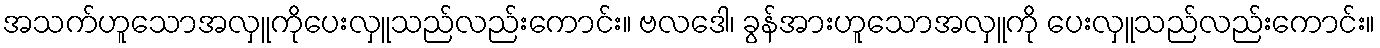
အသက်ဟူသောအလှူကိုပေးလှူသည်လည်းကောင်း။ ဗလဒေါ၊ ခွန်အားဟူသောအလှူကို ပေးလှူသည်လည်းကောင်း။